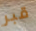
قبر